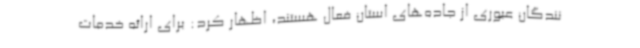
نندگان عبوری از جاده‌های استان فعال هستند، اظهار کرد: برای ارائه خدمات